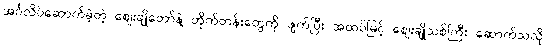
အင်္ဂလိပ်ဆောက်ခဲ့တဲ့ ဈေးချိုတော်နဲ့ တိုက်တန်းတွေကို ဖျက်ပြီး အထပ်မြင့် ဈေးချိုသစ်ကြီး ဆောက်သလို